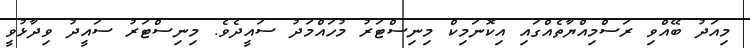
މިއަދު ބޭއްވި ރަސްމިއްޔާތެއްގައި އިކޮނަމިކް މިނިސްޓަރު މުހައްމަދު ސައީދެވެ. މިނިސްޓަރު ސައީދު ވިދާޅުވީ